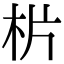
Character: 㭊